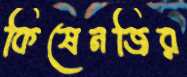
কিষেনজির